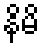
နိမိ